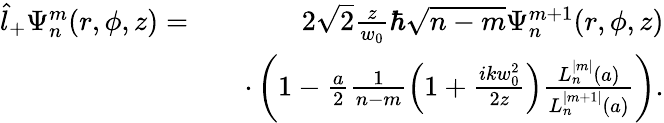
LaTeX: \begin{array}{rlr}{\hat{l}_{+}\Psi_{n}^{m}(r,\phi,z)=}&{}&{2\sqrt{2}\frac{z}{w_{0}}\hbar\sqrt{n-m}\Psi_{n}^{m+1}(r,\phi,z)}\\ &{}&{\cdot\left(1-\frac{a}{2}\frac{1}{n-m}\left(1+\frac{ikw_{0}^{2}}{2z}\right)\frac{L_{n}^{|m|}(a)}{L_{n}^{|m+1|}(a)}\right).}\end{array}